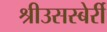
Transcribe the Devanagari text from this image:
श्रीउसस्बेर्री